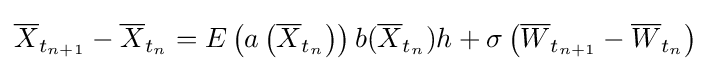
{\overline {X}}_{t_{n+1}}-{\overline {X}}_{t_{n}}=E\left(a\left({\overline {X}}_{t_{n}}\right)\right)b({\overline {X}}_{t_{n}})h+\sigma \left({\overline {W}}_{t_{n+1}}-{\overline {W}}_{t_{n}}\right)